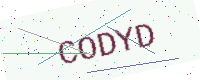
Text: CODYD